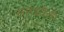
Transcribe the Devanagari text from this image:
समझौतो